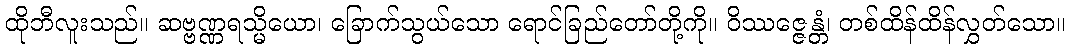
ထိုဘီလူးသည်။ ဆဗ္ဗဏ္ဏရသ္မိယော၊ ခြောက်သွယ်သော ရောင်ခြည်တော်တို့ကို။ ဝိဿဇ္ဇေန္တံ၊ တစ်ထိန်ထိန်လွှတ်သော။